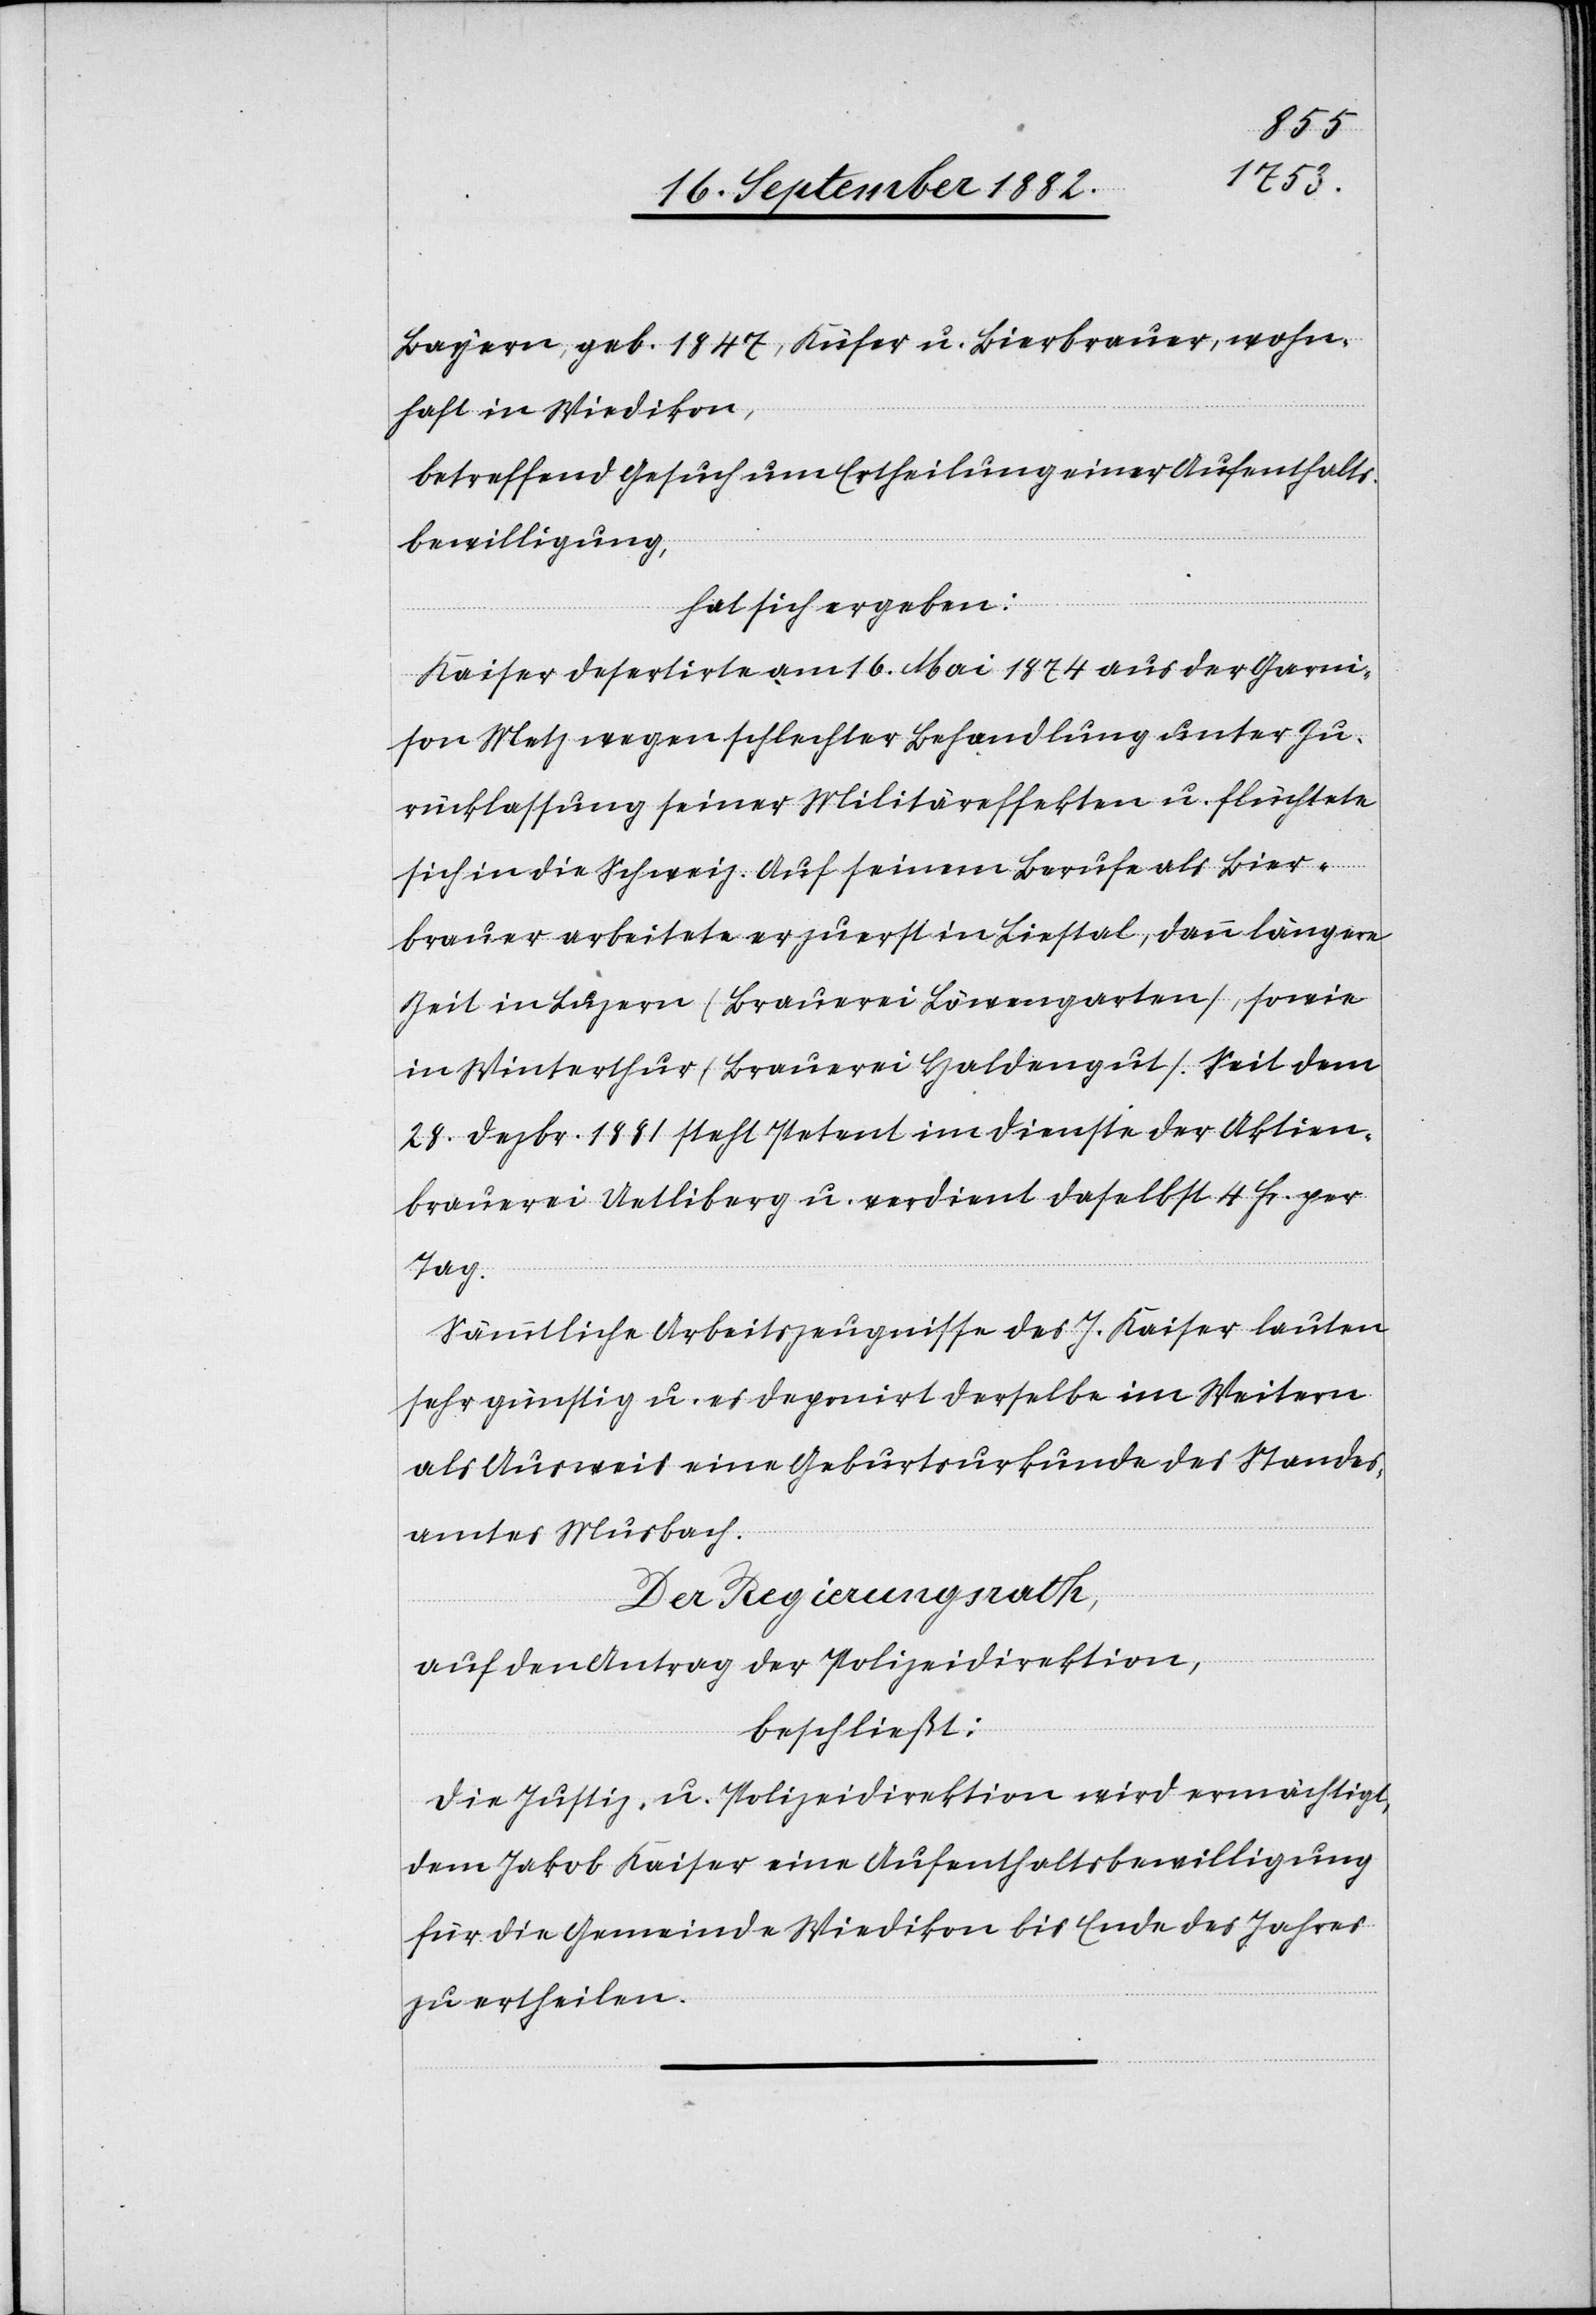
Bayern, geb. 1847, Küfer u. Bierbrauer, wohn¬
haft in Wiedikon,
betreffend Gesuch um Ertheilung einer Aufenthalts¬
bewilligung,
hat sich ergeben:
Kaiser desertirte am 16. Mai 1874 aus der Garni¬
son Metz wegen schlechter Behandlung unter Zu¬
rücklassung seiner Militäreffekten u. flüchtete
sich in die Schweiz. Auf seinem Berufe als Bier¬
brauer arbeitete er zuerst in Liestal, dann längere
Zeit in Luzern (Brauerei Löwengarten), sowie
in Winterthur (Brauerei Haldengut). Seit dem
28. Dezbr. 1881 steht Petent im Dienste der Aktien¬
brauerei Uetliberg u. verdient daselbst 4 Fr. per
Tag.
Sämmtliche Arbeitszeugnisse des J. Kaiser lauten
sehr günstig u. es deponirt derselbe im Weitern
als Ausweis eine Geburtsurkunde des Standes¬
amtes Musbach.
Der Regierungsrath,
auf den Antrag der Polizeidirektion,
beschließt:
Die Justiz- & Polizeidirektion wird ermächtigt,
dem Jakob Kaiser eine Aufenthaltsbewilligung
für die Gemeinde Wiedikon bis Ende des Jahres
zu ertheilen.